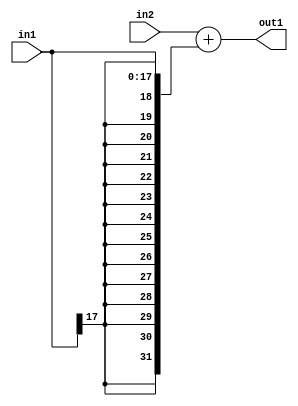
`timescale 1ps / 1ps
/*****************************************************************************
    Verilog RTL Description
    
    
    Created by: Stratus DpOpt 2019.1.01 
*******************************************************************************/

module mac_Add_32Sx18S_32S_4_4 (
	in2,
	in1,
	out1
	); /* architecture "behavioural" */ 
input [31:0] in2;
input [17:0] in1;
output [31:0] out1;
wire [31:0] asc001;

assign asc001 = 
	+(in2)
	+({{14{in1[17]}}, in1});

assign out1 = asc001;
endmodule

/* CADENCE  ubL1TAs= : u9/ySgnWtBlWxVPRXgAZ4Og= ** DO NOT EDIT THIS LINE ******/